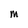
Character: M